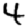
Digit: 4